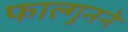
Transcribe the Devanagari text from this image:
फाल्गुनने